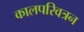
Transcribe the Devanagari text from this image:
कालपरिवत्रन